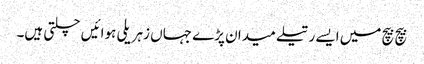
بیچ بیچ میں ایسے رتیلے میدان پڑے جہاں زہریلی ہوائیں چلتی ہیں۔